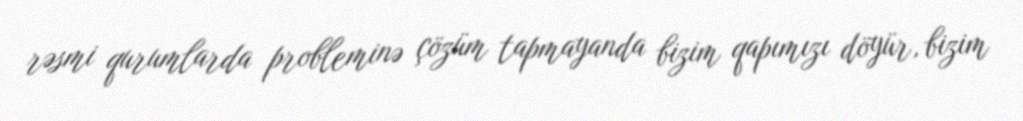
rəsmi qurumlarda probleminə çözüm tapmayanda bizim qapımızı döyür, bizim